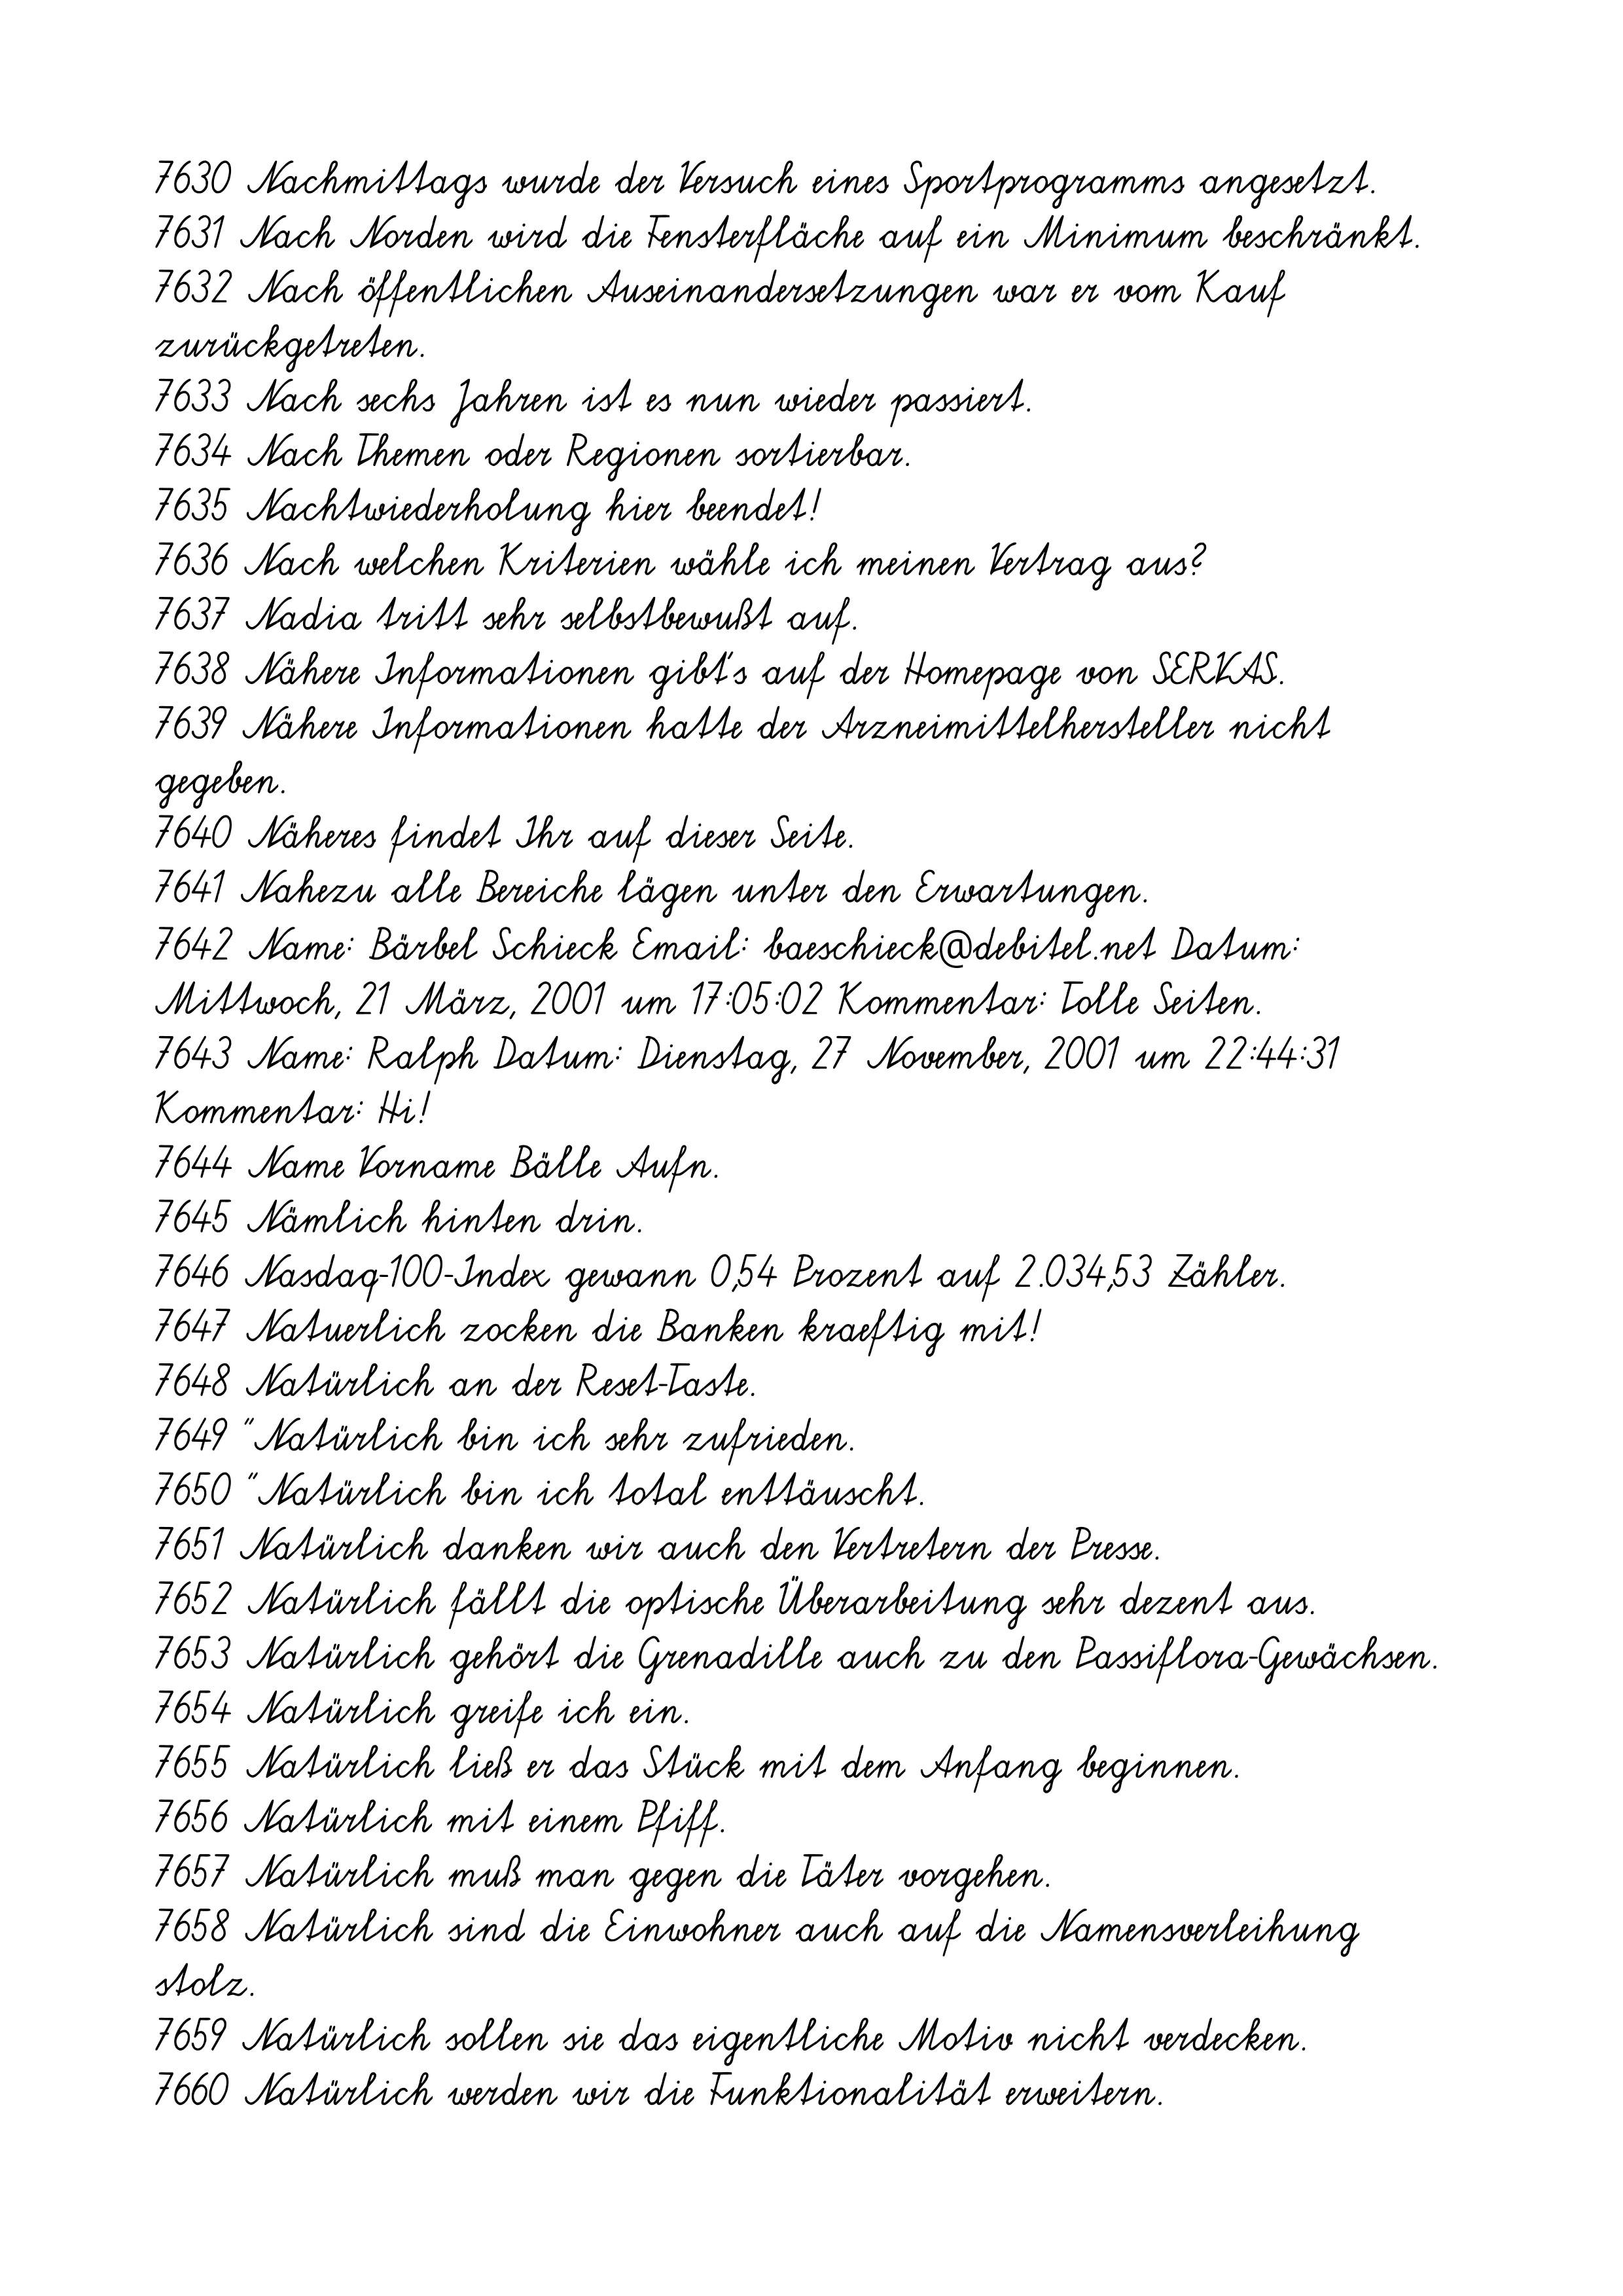
7630 Nachmittags wurde der Versuch eines Sportprogramms angesetzt.
7631 Nach Norden wird die Fensterfläche auf ein Minimum beschränkt.
7632 Nach öffentlichen Auseinandersetzungen war er vom Kauf
zurückgetreten.
7633 Nach sechs Jahren ist es nun wieder passiert.
7634 Nach Themen oder Regionen sortierbar.
7635 Nachtwiederholung hier beendet!
7636 Nach welchen Kriterien wähle ich meinen Vertrag aus?
7637 Nadia tritt sehr selbstbewußt auf.
7638 Nähere Informationen gibt's auf der Homepage von SERVAS.
7639 Nähere Informationen hatte der Arzneimittelhersteller nicht
gegeben.
7640 Näheres findet Ihr auf dieser Seite.
7641 Nahezu alle Bereiche lägen unter den Erwartungen.
7642 Name: Bärbel Schieck Email: baeschieck@debitel.net Datum:
Mittwoch, 21 März, 2001 um 17:05:02 Kommentar: Tolle Seiten.
7643 Name: Ralph Datum: Dienstag, 27 November, 2001 um 22:44:31
Kommentar: Hi!
7644 Name Vorname Bälle Aufn.
7645 Nämlich hinten drin.
7646 Nasdaq-100-Index gewann 0,54 Prozent auf 2.034,53 Zähler.
7647 Natuerlich zocken die Banken kraeftig mit!
7648 Natürlich an der Reset-Taste.
7649 "Natürlich bin ich sehr zufrieden.
7650 "Natürlich bin ich total enttäuscht.
7651 Natürlich danken wir auch den Vertretern der Presse.
7652 Natürlich fällt die optische Überarbeitung sehr dezent aus.
7653 Natürlich gehört die Grenadille auch zu den Passiflora-Gewächsen.
7654 Natürlich greife ich ein.
7655 Natürlich ließ er das Stück mit dem Anfang beginnen.
7656 Natürlich mit einem Pfiff.
7657 Natürlich muß man gegen die Täter vorgehen.
7658 Natürlich sind die Einwohner auch auf die Namensverleihung
stolz.
7659 Natürlich sollen sie das eigentliche Motiv nicht verdecken.
7660 Natürlich werden wir die Funktionalität erweitern.